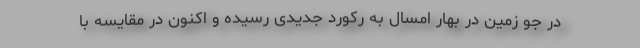
در جو زمین در بهار امسال به رکورد جدیدی رسیده و اکنون در مقایسه با